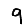
Digit: 9